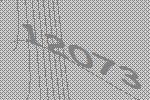
12073